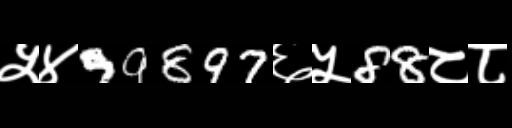
Text: ५४99897६५88८८